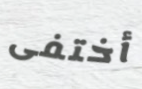
أختفى